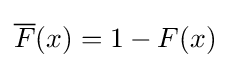
{\overline {F}}(x)=1-F(x)